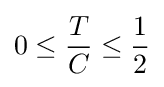
0\leq {\frac {T}{C}}\leq {\frac {1}{2}}